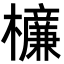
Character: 𣟚